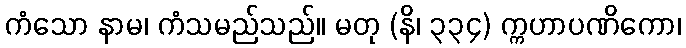
ကံသော နာမ၊ ကံသမည်သည်။ မတု (နိ၊ ၃၃၄) က္ကဟာပဏိကော၊